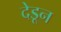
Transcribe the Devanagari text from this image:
देडून